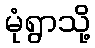
မုံရွာသို့